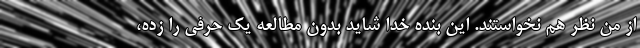
از من نظر هم نخواستند. این بنده خدا شاید بدون مطالعه یک حرفی را زده،